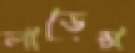
লাডেন্স